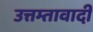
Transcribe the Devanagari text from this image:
उत्तम्तावादी